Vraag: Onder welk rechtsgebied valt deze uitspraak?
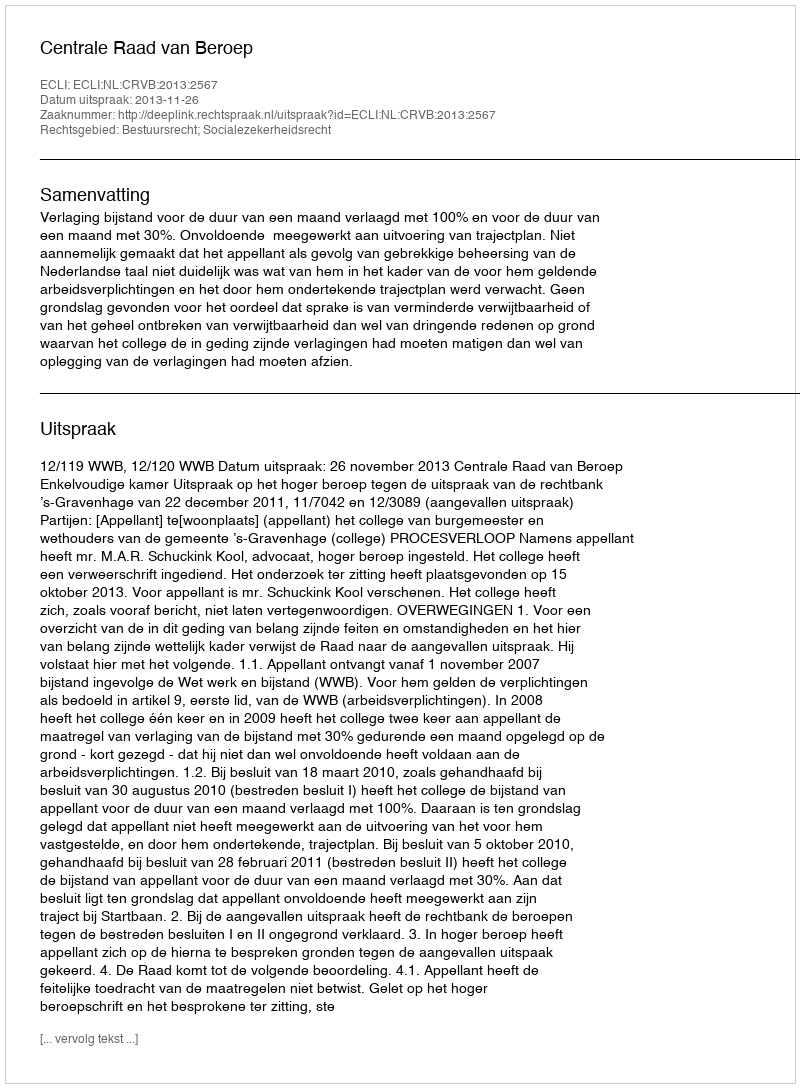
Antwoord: Bestuursrecht; Socialezekerheidsrecht